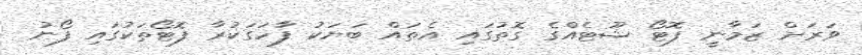
ވަރަށް ޒަމާނީ ފޮޓޯ ޝޫޓެއްގެ ގޮތުގައި އެތައް ބަޔަކު ފާހަގަކުރާ ފޮޓޯތަކުގައި ފޯނު